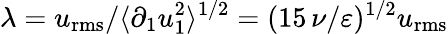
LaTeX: \lambda=u_{\mathrm{rms}}/\langle\partial_{1}u_{1}^{2}\rangle^{1/2}=(15\, \nu/\varepsilon)^{1/2}u_{\mathrm{rms}}